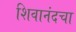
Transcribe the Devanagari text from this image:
शिवानंदचा